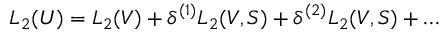
{ \cal L } _ { 2 } ( U ) = { \cal L } _ { 2 } ( V ) + \delta ^ { ( 1 ) } { \cal L } _ { 2 } ( V , S ) + \delta ^ { ( 2 ) } { \cal L } _ { 2 } ( V , S ) + \dots